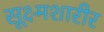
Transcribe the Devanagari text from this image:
सूक्ष्मशारीर